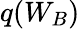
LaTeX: q(W_{B})